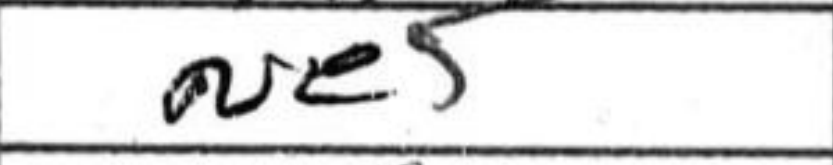
Transcription: Ne5